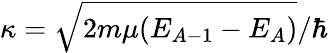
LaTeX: \kappa=\sqrt{2m\mu(E_{A-1}-E_{A})}/\hbar